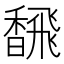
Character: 𫗿